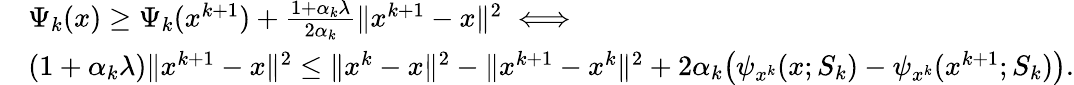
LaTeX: \begin{array}{rl}&{\Psi_{k}(x)\geq\Psi_{k}(x^{k+1})+\frac{1+\alpha_{k}\lambda}{2\alpha_{k}}\| x^{k+1}-x\| ^{2}\iff}\\ &{(1+\alpha_{k}\lambda)\| x^{k+1}-x\| ^{2}\leq\| x^{k}-x\| ^{2}-\| x^{k+1}-x^{k}\| ^{2}+2\alpha_{k}\big(\psi_{x^{k}}(x;S_{k})-\psi_{x^{k}}(x^{k+1};S_{k})\big).}\end{array}